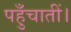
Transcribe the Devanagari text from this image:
पहुँचातीं।